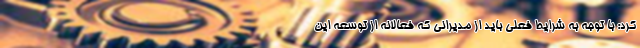
کرد: با توجه به شرایط فعلی باید از مدیرانی که فعالانه از توسعه این